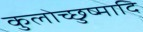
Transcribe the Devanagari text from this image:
कुलोच्छुष्मादि